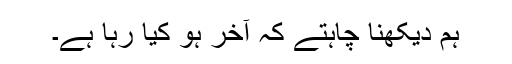
ہم دیکھنا چاہتے کہ آخر ہو کیا رہا ہے۔